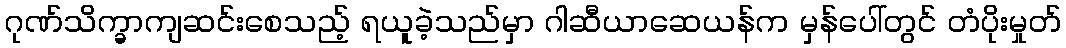
ဂုဏ်သိက္ခာကျဆင်းစေသည့် ရယူခဲ့သည်မှာ ဂါဆီယာဆေယန်က မှန်ပေါ်တွင် တံပိုးမှုတ်